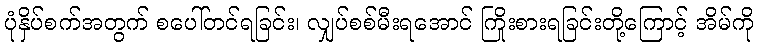
ပုံနှိပ်စက်အတွက် စပေါ်တင်ရခြင်း၊ လျှပ်စစ်မီးရအောင် ကြိုးစားရခြင်းတို့ကြောင့် အိမ်ကို